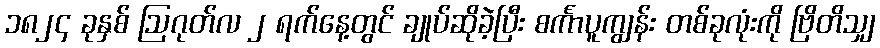
၁၈၂၄ ခုနှစ် ဩဂုတ်လ ၂ ရက်နေ့တွင် ချုပ်ဆိုခဲ့ပြီး စင်္ကာပူကျွန်း တစ်ခုလုံးကို ဗြိတိသျှ